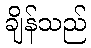
ချိန်သည်